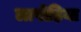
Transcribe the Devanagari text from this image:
लापोड़िया